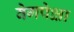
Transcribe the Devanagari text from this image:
वेगपेक्षा